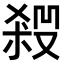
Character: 𠮁